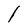
Character: l